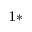
^ { 1 \ast }